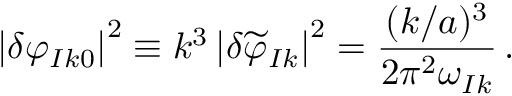
\left| \delta \varphi _ { I k 0 } \right| ^ { 2 } \equiv k ^ { 3 } \left| \delta \widetilde { \varphi } _ { I k } \right| ^ { 2 } = \frac { ( k / a ) ^ { 3 } } { 2 \pi ^ { 2 } \omega _ { I k } } \, .